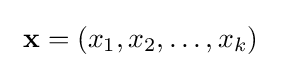
~\mathbf {x} =(x_{1},x_{2},\dots ,x_{k})~